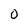
Character: O